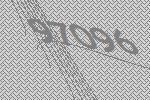
97096